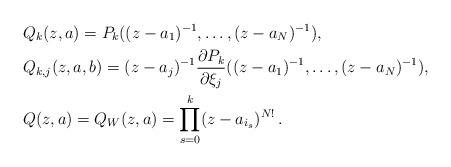
LaTeX: \begin{align*}& Q_k(z,a) = P_k ((z-a_1)^{-1} , \dots , (z-a_N)^{-1}) , \\& Q_{k,j}(z,a,b) =(z-a_j)^{-1} \frac {\partial P_k}{\partial \xi_j} ((z-a_1)^{-1} , \dots , (z-a_N)^{-1}), \\ & Q(z,a) = Q_W(z,a) = \prod_{s=0}^k (z-a_{i_s})^{N!} \, .\end{align*}